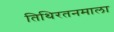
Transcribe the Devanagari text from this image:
तिथिरतनमाला